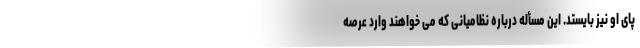
پای او نیز بایستد. این مسأله درباره نظامیانی که می خواهند وارد عرصه